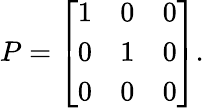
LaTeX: P={\left[\begin{array}{lll}{1}&{0}&{0}\\ {0}&{1}&{0}\\ {0}&{0}&{0}\end{array}\right]}.